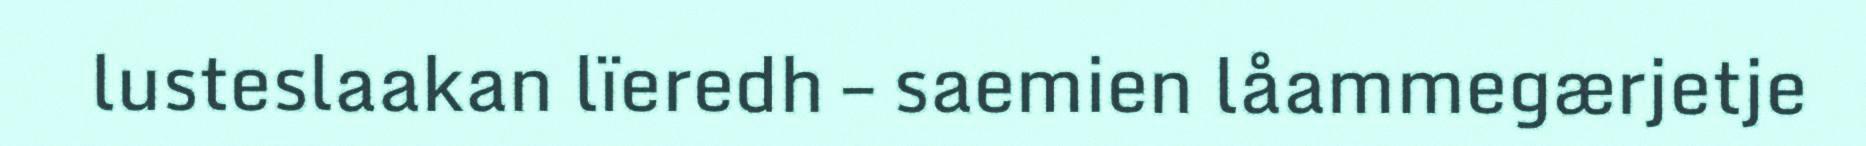
lusteslaakan lïeredh – saemien låammegærjetje